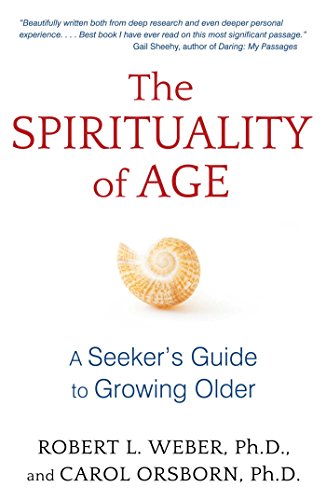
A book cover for The Spirituality of Age: A Seeker's Guide to Growing Older; Robert L. Weber Ph.D.; Self-Help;